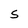
Character: S